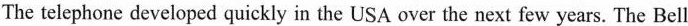
The telephone developed quickly in the USA over the next few years. The Bell